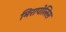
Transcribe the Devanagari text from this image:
मिरापोलिस